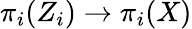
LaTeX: \pi_{i}(Z_{i})\to\pi_{i}(X)